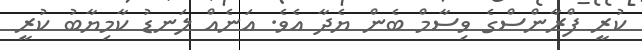
ކުރީ ފްރާންސްގެ ވިސާމް ބެން ޔެދާ އެވެ. އަނެއް ލަނޑު ކާމިޔާބު ކުރީ